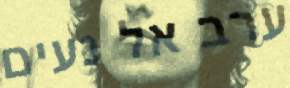
ערב אל נעים